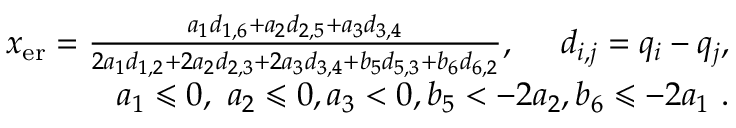
\begin{array} { r } { x _ { \mathrm { e r } } = \frac { a _ { 1 } d _ { 1 , 6 } + a _ { 2 } d _ { 2 , 5 } + a _ { 3 } d _ { 3 , 4 } } { 2 a _ { 1 } d _ { 1 , 2 } + 2 a _ { 2 } d _ { 2 , 3 } + 2 a _ { 3 } d _ { 3 , 4 } + b _ { 5 } d _ { 5 , 3 } + b _ { 6 } d _ { 6 , 2 } } , \ \ \ \ d _ { i , j } = q _ { i } - q _ { j } , } \\ { a _ { 1 } \leqslant 0 , \ a _ { 2 } \leqslant 0 , a _ { 3 } < 0 , b _ { 5 } < - 2 a _ { 2 } , b _ { 6 } \leqslant - 2 a _ { 1 } \ . } \end{array}